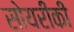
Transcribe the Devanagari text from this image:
सोयरीकी